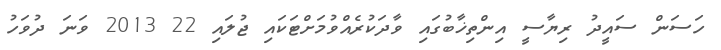
ހަސަން ސައީދު ރިޔާސީ އިންތިޚާބުގައި ވާދަކުރެއްވުމަށްޓަކައި ޖުލައި 22 2013 ވަނަ ދުވަހު